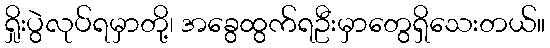
ရှိုးပွဲလုပ်ရမှာတို့၊ အခွေထွက်ရဦးမှာတွေရှိသေးတယ်။